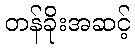
တန်ခိုးအဆင့်